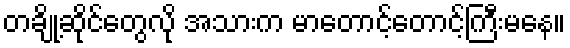
တချို့ဆိုင်တွေလို အသားက မာတောင့်တောင့်ကြီးမနေ။